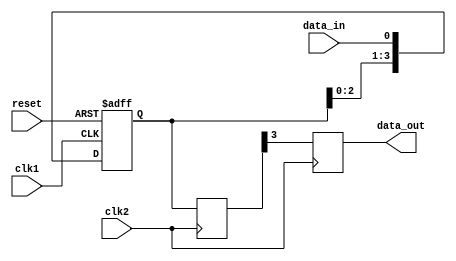
module synchronizer (
    input wire clk1,           // Input clock 1
    input wire clk2,           // Input clock 2
    input wire reset,          // Reset signal
    input wire data_in,        // Input data signal
    output reg data_out        // Output synchronized data signal
);

reg [3:0] flip_flops;         // 4 flip-flops for synchronization
reg [3:0] next_flip_flops;

always @(posedge clk1 or posedge reset) begin
    if (reset) begin
        flip_flops <= 4'b0000;
    end else begin
        flip_flops <= {flip_flops[2:0], data_in};
    end
end

always @(posedge clk2) begin
    next_flip_flops <= flip_flops;
end

always @(posedge clk2) begin
    data_out <= next_flip_flops[3];
end

endmodule